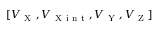
[ V _ { \mathrm { ~ X ~ } } , V _ { \mathrm { ~ X ~ i ~ n ~ t ~ } } , V _ { \mathrm { ~ Y ~ } } , V _ { \mathrm { ~ Z ~ } } ]